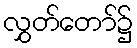
လွှတ်တော်၌